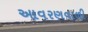
આવરણવાળી